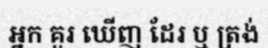
អ្នក គួរ ឃើញ ដែរ ឬ ត្រង់